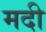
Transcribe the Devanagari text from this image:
मदी